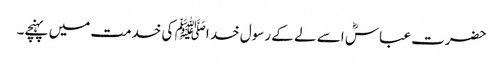
حضرت عباسؓ اسے لے کے رسول خد اﷺ کی خدمت میں پہنچے۔